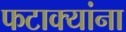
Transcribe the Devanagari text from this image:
फटाक्यांना